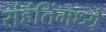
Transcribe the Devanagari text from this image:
संहंतिंमध्ये